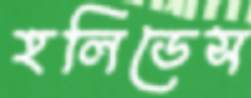
হলিডেস